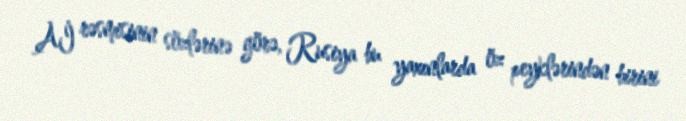
Aİ rəsmisinin sözlərinə görə, Rusiya bu yaxınlarda öz peyklərindən birini